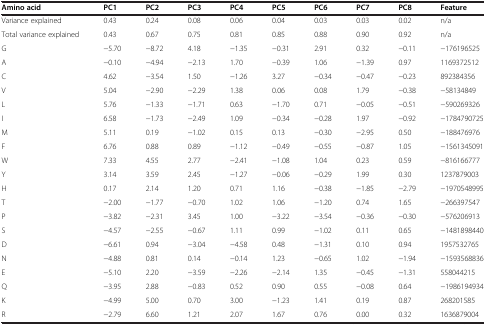
<table><thead><tr><td><b>Amino acid</b></td><td><b>PC1</b></td><td><b>PC2</b></td><td><b>PC3</b></td><td><b>PC4</b></td><td><b>PC5</b></td><td><b>PC6</b></td><td><b>PC7</b></td><td><b>PC8</b></td><td><b>Feature</b></td></tr></thead><tbody><tr><td>Variance explained</td><td>0.43</td><td>0.24</td><td>0.08</td><td>0.06</td><td>0.04</td><td>0.03</td><td>0.03</td><td>0.02</td><td>n/a</td></tr><tr><td>Total variance explained</td><td>0.43</td><td>0.67</td><td>0.75</td><td>0.81</td><td>0.85</td><td>0.88</td><td>0.90</td><td>0.92</td><td>n/a</td></tr><tr><td>G</td><td>−5.70</td><td>−8.72</td><td>4.18</td><td>−1.35</td><td>−0.31</td><td>2.91</td><td>0.32</td><td>−0.11</td><td>−176196525</td></tr><tr><td>A</td><td>−0.10</td><td>−4.94</td><td>−2.13</td><td>1.70</td><td>−0.39</td><td>1.06</td><td>−1.39</td><td>0.97</td><td>1169372512</td></tr><tr><td>C</td><td>4.62</td><td>−3.54</td><td>1.50</td><td>−1.26</td><td>3.27</td><td>−0.34</td><td>−0.47</td><td>−0.23</td><td>892384356</td></tr><tr><td>V</td><td>5.04</td><td>−2.90</td><td>−2.29</td><td>1.38</td><td>0.06</td><td>0.08</td><td>1.79</td><td>−0.38</td><td>−58134849</td></tr><tr><td>L</td><td>5.76</td><td>−1.33</td><td>−1.71</td><td>0.63</td><td>−1.70</td><td>0.71</td><td>−0.05</td><td>−0.51</td><td>−590269326</td></tr><tr><td>I</td><td>6.58</td><td>−1.73</td><td>−2.49</td><td>1.09</td><td>−0.34</td><td>−0.28</td><td>1.97</td><td>−0.92</td><td>−1784790725</td></tr><tr><td>M</td><td>5.11</td><td>0.19</td><td>−1.02</td><td>0.15</td><td>0.13</td><td>−0.30</td><td>−2.95</td><td>0.50</td><td>−188476976</td></tr><tr><td>F</td><td>6.76</td><td>0.88</td><td>0.89</td><td>−1.12</td><td>−0.49</td><td>−0.55</td><td>−0.87</td><td>1.05</td><td>−1561345091</td></tr><tr><td>W</td><td>7.33</td><td>4.55</td><td>2.77</td><td>−2.41</td><td>−1.08</td><td>1.04</td><td>0.23</td><td>0.59</td><td>−816166777</td></tr><tr><td>Y</td><td>3.14</td><td>3.59</td><td>2.45</td><td>−1.27</td><td>−0.06</td><td>−0.29</td><td>1.99</td><td>0.30</td><td>1237879003</td></tr><tr><td>H</td><td>0.17</td><td>2.14</td><td>1.20</td><td>0.71</td><td>1.16</td><td>−0.38</td><td>−1.85</td><td>−2.79</td><td>−1970548995</td></tr><tr><td>T</td><td>−2.00</td><td>−1.77</td><td>−0.70</td><td>1.02</td><td>1.06</td><td>−1.20</td><td>0.74</td><td>1.65</td><td>−266397547</td></tr><tr><td>P</td><td>−3.82</td><td>−2.31</td><td>3.45</td><td>1.00</td><td>−3.22</td><td>−3.54</td><td>−0.36</td><td>−0.30</td><td>−576206913</td></tr><tr><td>S</td><td>−4.57</td><td>−2.55</td><td>−0.67</td><td>1.11</td><td>0.99</td><td>−1.02</td><td>0.11</td><td>0.65</td><td>−1481898440</td></tr><tr><td>D</td><td>−6.61</td><td>0.94</td><td>−3.04</td><td>−4.58</td><td>0.48</td><td>−1.31</td><td>0.10</td><td>0.94</td><td>1957532765</td></tr><tr><td>N</td><td>−4.88</td><td>0.81</td><td>0.14</td><td>−0.14</td><td>1.23</td><td>−0.65</td><td>1.02</td><td>−1.94</td><td>−1593568836</td></tr><tr><td>E</td><td>−5.10</td><td>2.20</td><td>−3.59</td><td>−2.26</td><td>−2.14</td><td>1.35</td><td>−0.45</td><td>−1.31</td><td>558044215</td></tr><tr><td>Q</td><td>−3.95</td><td>2.88</td><td>−0.83</td><td>0.52</td><td>0.90</td><td>0.55</td><td>−0.08</td><td>0.64</td><td>−1986194934</td></tr><tr><td>K</td><td>−4.99</td><td>5.00</td><td>0.70</td><td>3.00</td><td>−1.23</td><td>1.41</td><td>0.19</td><td>0.87</td><td>268201585</td></tr><tr><td>R</td><td>−2.79</td><td>6.60</td><td>1.21</td><td>2.07</td><td>1.67</td><td>0.76</td><td>0.00</td><td>0.32</td><td>1636879004</td></tr></tbody></table>